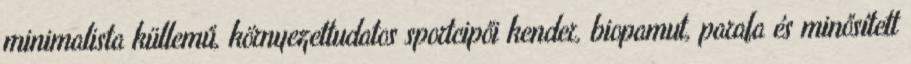
minimalista küllemű, környezettudatos sportcipői kender, biopamut, parafa és minősített